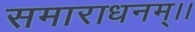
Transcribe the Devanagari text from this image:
समाराधनम्।।